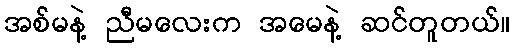
အစ်မနဲ့ ညီမလေးက အမေနဲ့ ဆင်တူတယ်။